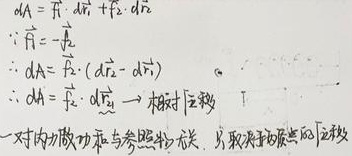
\[
\begin{align*}
dA&=\vec{F}_1\cdot d\vec{r}_1 + \vec{F}_2\cdot d\vec{r}_2\\
\because \vec{F}_1&=-\vec{F}_2\\
\therefore dA&=\vec{F}_2\cdot (d\vec{r}_2 - d\vec{r}_1)\\
\therefore dA&=\vec{F}_2\cdot d\vec{r_{相对}} \to \text{相对位移}\\
\end{align*}
\]
一对内力做功与参考物无关，只取决于质点间的位移